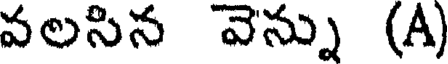
వలసిన వెన్ను (A)